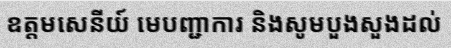
ឧត្តមសេនីយ៍ មេបញ្ជាការ និងសូមបួងសួងដល់